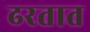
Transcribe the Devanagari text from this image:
ढरतात